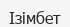
Ізімбет